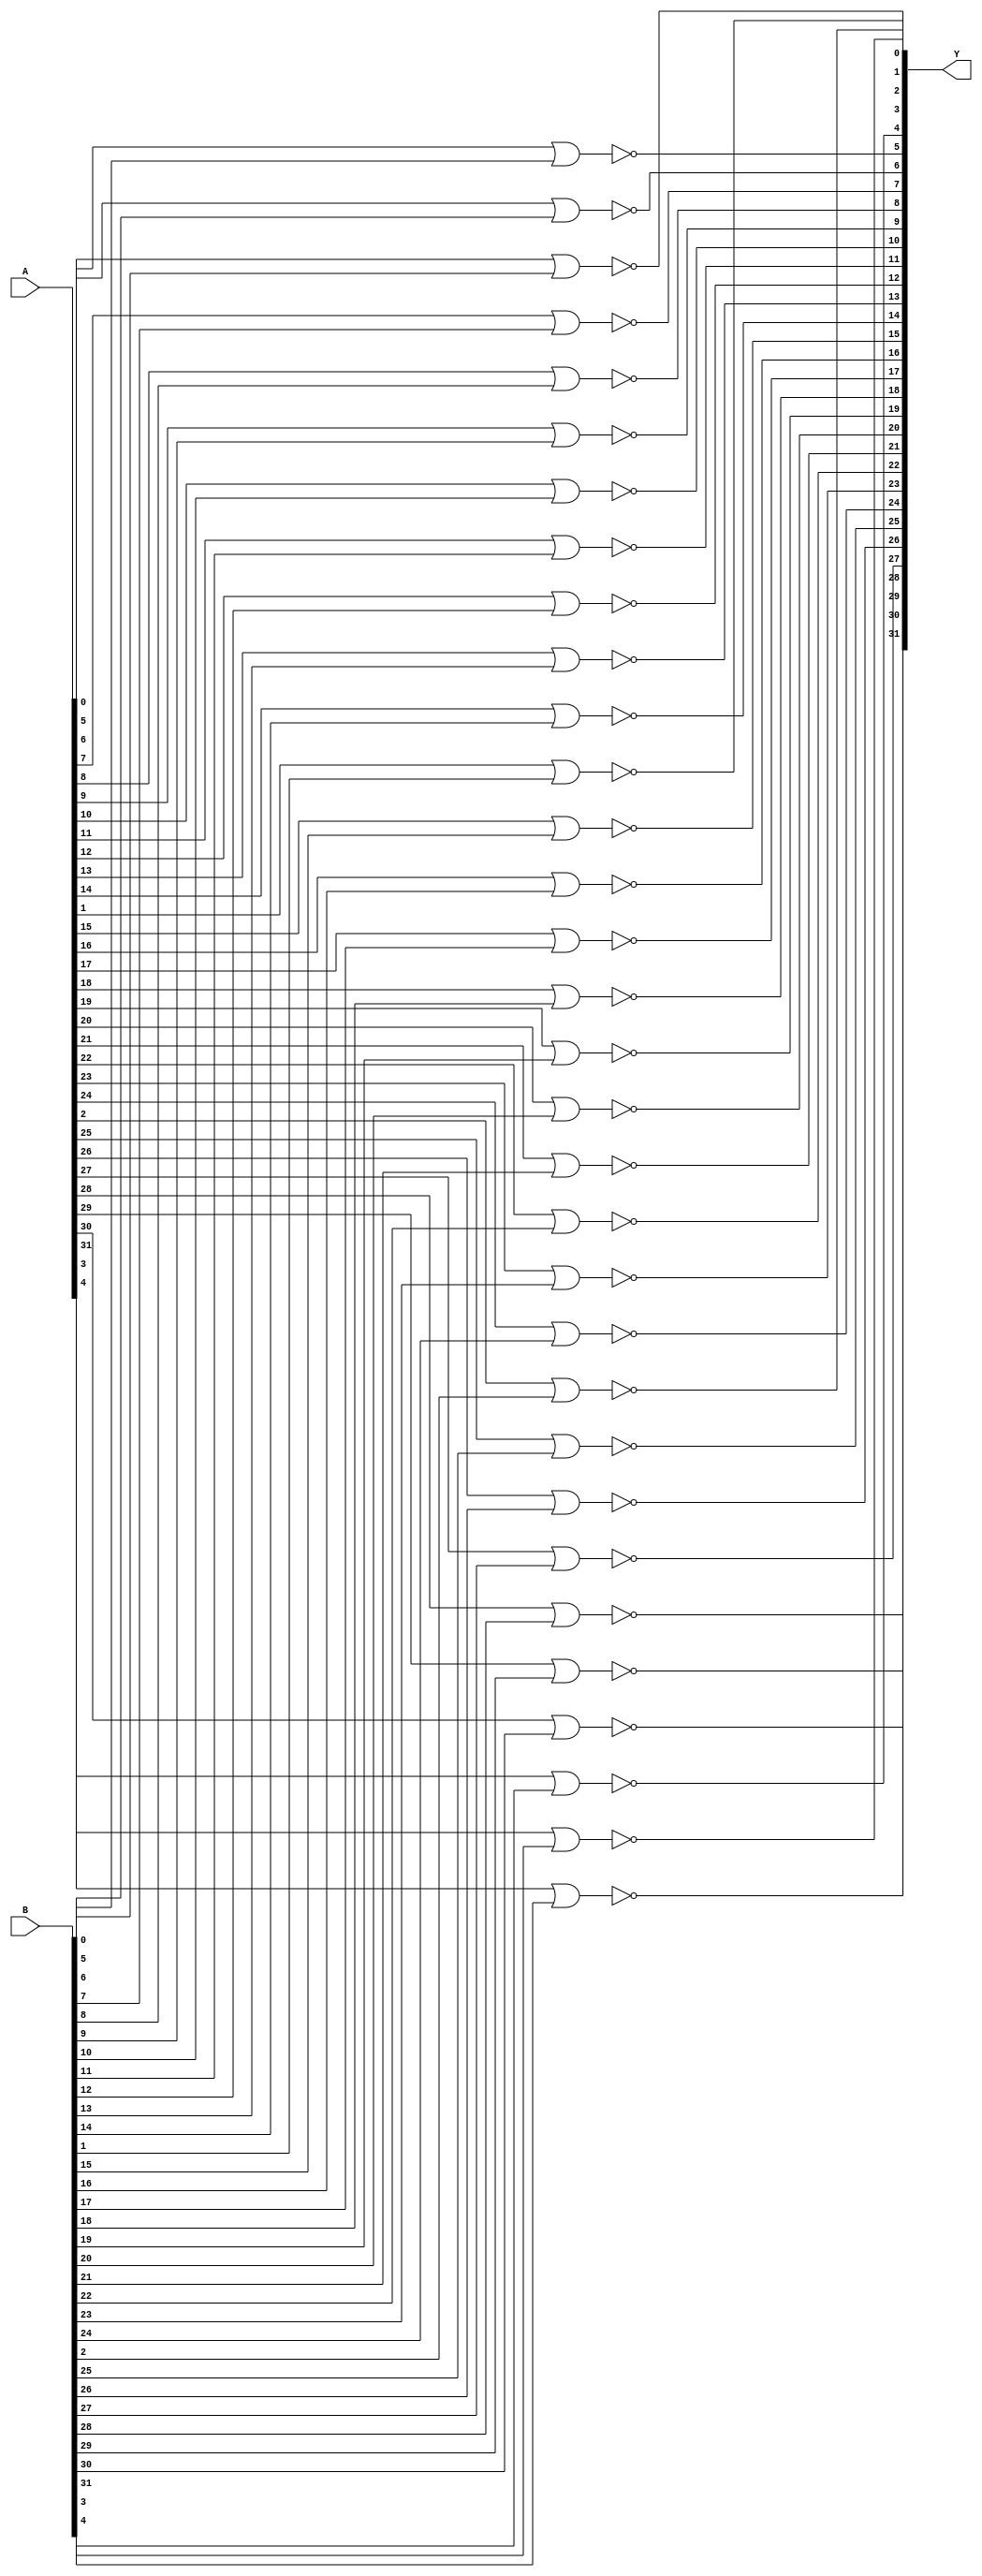
// Name: logic_32_bit.v
// Module: 
// Input: 
// Output: 
//
// Notes: Common definitions
// 
//
// Revision History:
//
// Version	Date		Who		email			note
//------------------------------------------------------------------------------------------
//  1.0     Sep 02, 2014	Kaushik Patra	kpatra@sjsu.edu		Initial creation
//------------------------------------------------------------------------------------------
//

// 32-bit NOR
module NOR32_2x1(Y,A,B);
// output 
output [31:0] Y;
// input
input [31:0] A;
input [31:0] B;

genvar i;
generate
   for (i = 0; i < 32; i = i + 1)
   begin
      nor NOR_INST(Y[i], A[i], B[i]);
   end
endgenerate
endmodule

// 32-bit AND
module AND32_2x1(Y,A,B);
// output 
output [31:0] Y;
// input
input [31:0] A;
input [31:0] B;

genvar i;
generate
   for (i = 0; i < 32; i = i + 1)
   begin
      and AND_INST(Y[i], A[i], B[i]);
   end
endgenerate
endmodule

// 32-bit inverter
module INV32_1x1(Y,A);
// output 
output [31:0] Y;
// input
input [31:0] A;

genvar i;
generate
   for (i = 0; i < 32; i = i + 1)
   begin
      not NOT_INST(Y[i], A[i]);
   end
endgenerate
endmodule

// 32-bit OR
module OR32_2x1(Y,A,B);
// output 
output [31:0] Y;
// input
input [31:0] A;
input [31:0] B;
// wire
wire [31:0] NOR_INV;

NOR32_2x1 NOR_INST(NOR_INV, A, B);
INV32_1x1 INV_INST(Y, NOR_INV);
endmodule

// 27-bit OR
module OR27x1(Y,A);
// output
output Y;
// input
input [26:0] A;
// wire
wire [24:0] OR;

genvar i;
generate
   for (i = 0; i < 25; i = i + 1)
   begin
      if (i == 0)
      begin
         or OR_INST_0(OR[0], A[0], A[1]);
      end
      else
      begin
         or OR_INST(OR[i], OR[i - 1], A[i + 1]);
      end
   end
endgenerate

or OR_INST_1(Y, OR[24], A[26]);
endmodule

// 32-bit OR
module OR32x1(Y,A);
// output
output Y;
// input
input [31:0] A;
// wire
wire [29:0] OR;

genvar i;
generate
   for (i = 0; i < 30; i = i + 1)
   begin
      if (i == 0)
      begin
         or OR_INST_0(OR[0], A[0], A[1]);
      end
      else
      begin
         or OR_INST(OR[i], OR[i - 1], A[i + 1]);
      end
   end
endgenerate

or OR_INST_1(Y, OR[29], A[31]);
endmodule